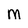
Character: M